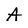
Character: A